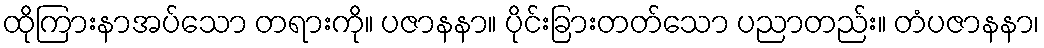
ထိုကြားနာအပ်သော တရားကို။ ပဇာနနာ။ ပိုင်းခြားတတ်သော ပညာတည်း။ တံပဇာနနာ၊